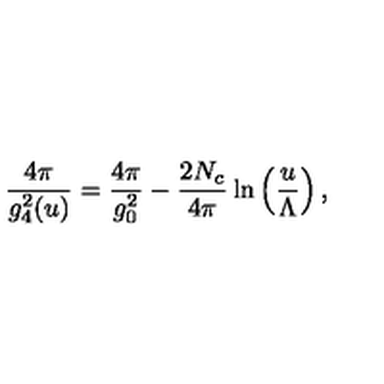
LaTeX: \frac { 4 \pi } { g _ { 4 } ^ { 2 } ( u ) } = \frac { 4 \pi } { g _ { 0 } ^ { 2 } } - \frac { 2 N _ { c } } { 4 \pi } \ln \left( \frac { u } { \Lambda } \right) ,